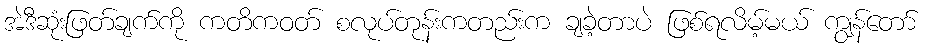
အဲဒီဆုံးဖြတ်ချက်ကို ကတိကဝတ် စလုပ်တုန်းကတည်းက ချခဲ့တာပဲ ဖြစ်ရလိမ့်မယ် ကျွန်တော်